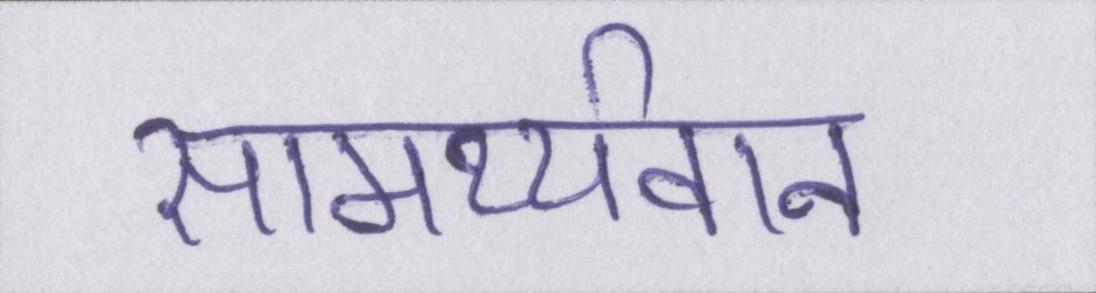
सामर्थ्यवान